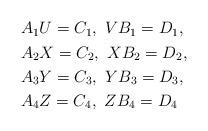
LaTeX: \begin{align*}\begin{aligned}&A_{1}U=C_1,\ VB_1=D_1,\\&A_{2}X=C_{2},\ XB_{2}=D_{2},\\&A_{3}Y=C_{3},\ YB_{3}=D_{3},\\&A_{4}Z=C_{4},\ ZB_{4}=D_{4}\end{aligned}\end{align*}